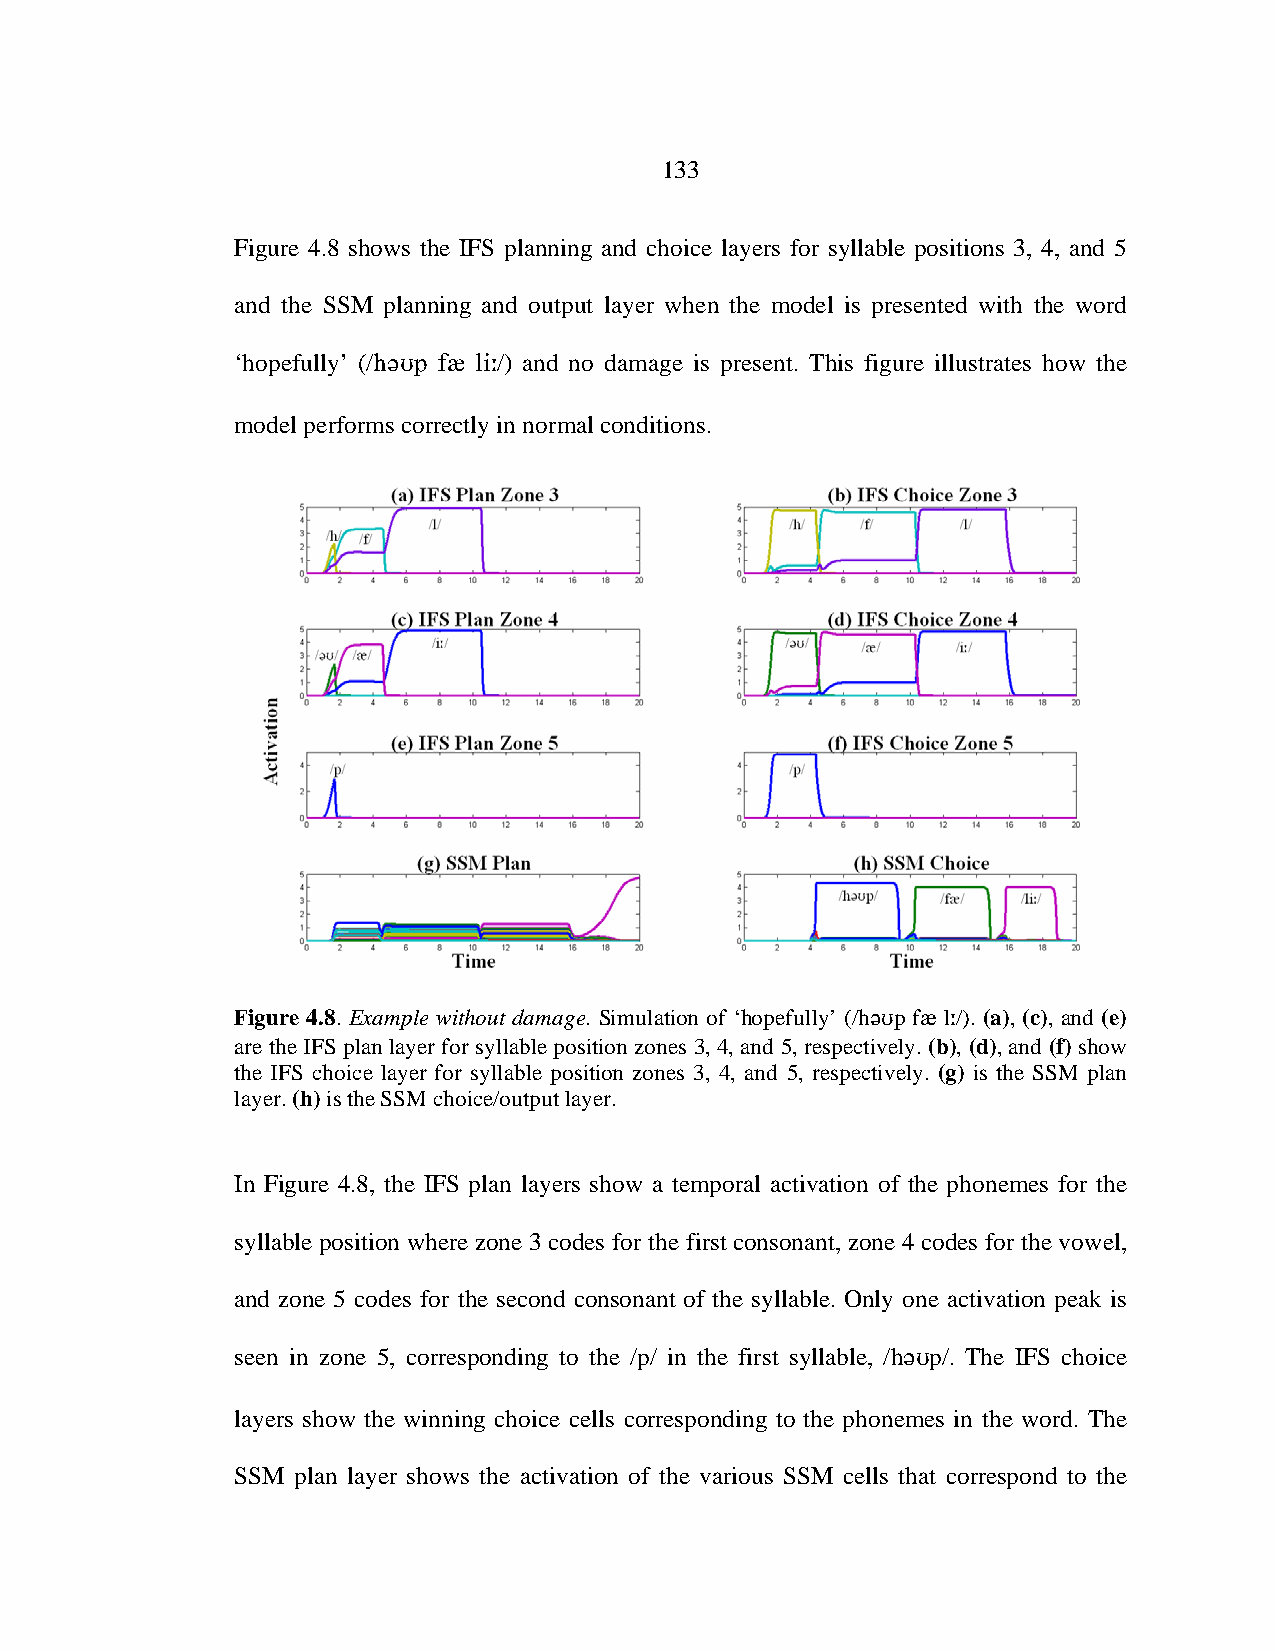
133
 Figure 4.8 shows the IFS planning and choice layers for syllable positions 3, 4, and 5
 and the SSM planning and output layer when the model is presented with the word
 ‘hopefully’ (/  /) and no damage is present. This figure illustrates how the
 model performs correctly in normal conditions.
 Figure 4.8. Example without damage. Simulation of ‘hopefully’ (/hp f l/). (a), (c), and (e)
 are the IFS plan layer for syllable position zones 3, 4, and 5, respectively. (b), (d), and (f) show
 the IFS choice layer for syllable position zones 3, 4, and 5, respectively. (g) is the SSM plan
 layer. (h) is the SSM choice/output layer.
 In Figure 4.8, the IFS plan layers show a temporal activation of the phonemes for the
 syllable position where zone 3 codes for the first consonant, zone 4 codes for the vowel,
 and zone 5 codes for the second consonant of the syllable. Only one activation peak is
 seen in zone 5, corresponding to the /p/ in the first syllable, /hp/. The IFS choice
 layers show the winning choice cells corresponding to the phonemes in the word. The
 SSM plan layer shows the activation of the various SSM cells that correspond to the